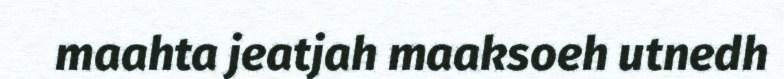
maahta jeatjah maaksoeh utnedh